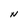
Character: N